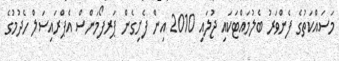
މަސައްކަތުގެ ފެންވަރު ބެލުމައްޓަކައި ޖުލައި 2010 އިން ފެށިގެން ޕަރފޯމަންސް އެޕްރައިސަލް ހެދުމުގެ